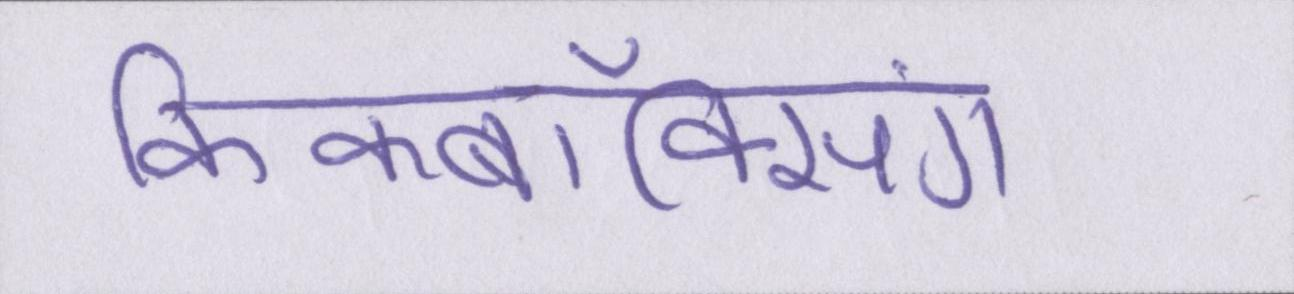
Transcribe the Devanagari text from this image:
किकबॉक्सिंग